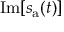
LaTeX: \operatorname { I m } [ s _ { \mathrm { a } } ( t ) ]